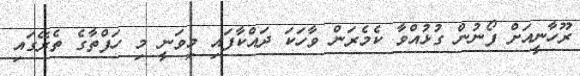
ރޫހާނީއަށް ފޯނުން ގުޅުއްވާ ކެމެރަން ވާހަކަ ދައްކާފައި މިވަނީ މި ހަފްތާގެ ތެރޭގައި